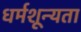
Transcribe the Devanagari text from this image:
धर्मशून्यता